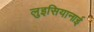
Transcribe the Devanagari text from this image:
लुइसियानाई